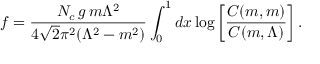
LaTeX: f = \frac { N _ { c } \, g \, m \Lambda ^ { 2 } } { 4 \sqrt { 2 } \pi ^ { 2 } ( \Lambda ^ { 2 } - m ^ { 2 } ) } \int _ { 0 } ^ { 1 } d x \log \left[ \frac { C ( m , m ) } { C ( m , \Lambda ) } \right] .